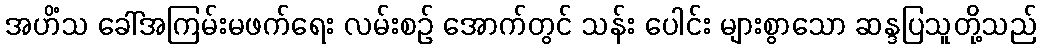
အဟိံသ ခေါ်အကြမ်းမဖက်ရေး လမ်းစဉ် အောက်တွင် သန်း ပေါင်း များစွာသော ဆန္ဒပြသူတို့သည်